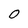
Character: 0